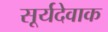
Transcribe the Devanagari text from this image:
सूर्यदेवाक